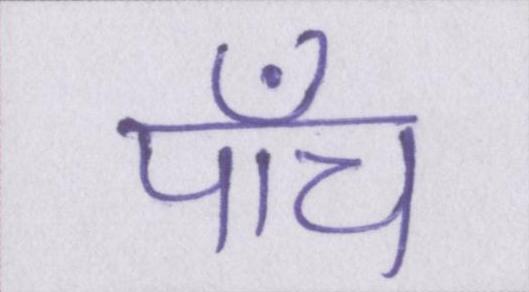
पाँच